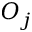
O _ { j }